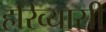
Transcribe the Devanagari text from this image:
हरिव्यासी